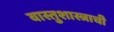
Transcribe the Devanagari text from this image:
वास्तुशास्त्राची